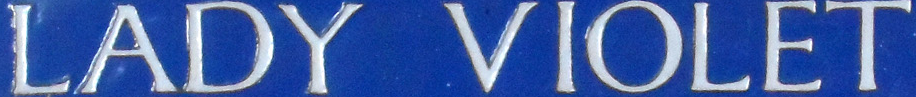
LADY VIOLET